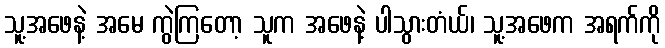
သူ့အဖေနဲ့ အမေ ကွဲကြတော့ သူက အဖေနဲ့ ပါသွားတံယ်၊ သူ့အဖေက အရက်ကို